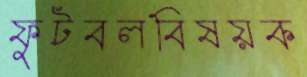
ফুটবলবিষয়ক